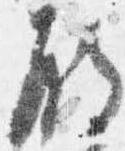
殿